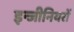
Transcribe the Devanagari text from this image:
इन्जीनियरों